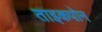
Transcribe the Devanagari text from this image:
ताइकपोन